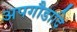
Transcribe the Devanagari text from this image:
अपगौडादि